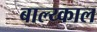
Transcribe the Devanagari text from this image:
बाल्य्काल